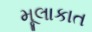
મૂલાકાત